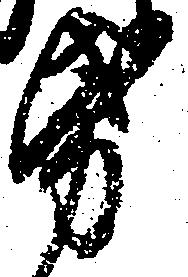
紙